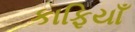
કાફિયાઁ